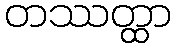
တဿတ္ထာ